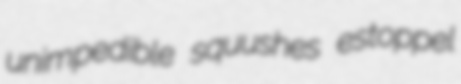
unimpedible squushes estoppel